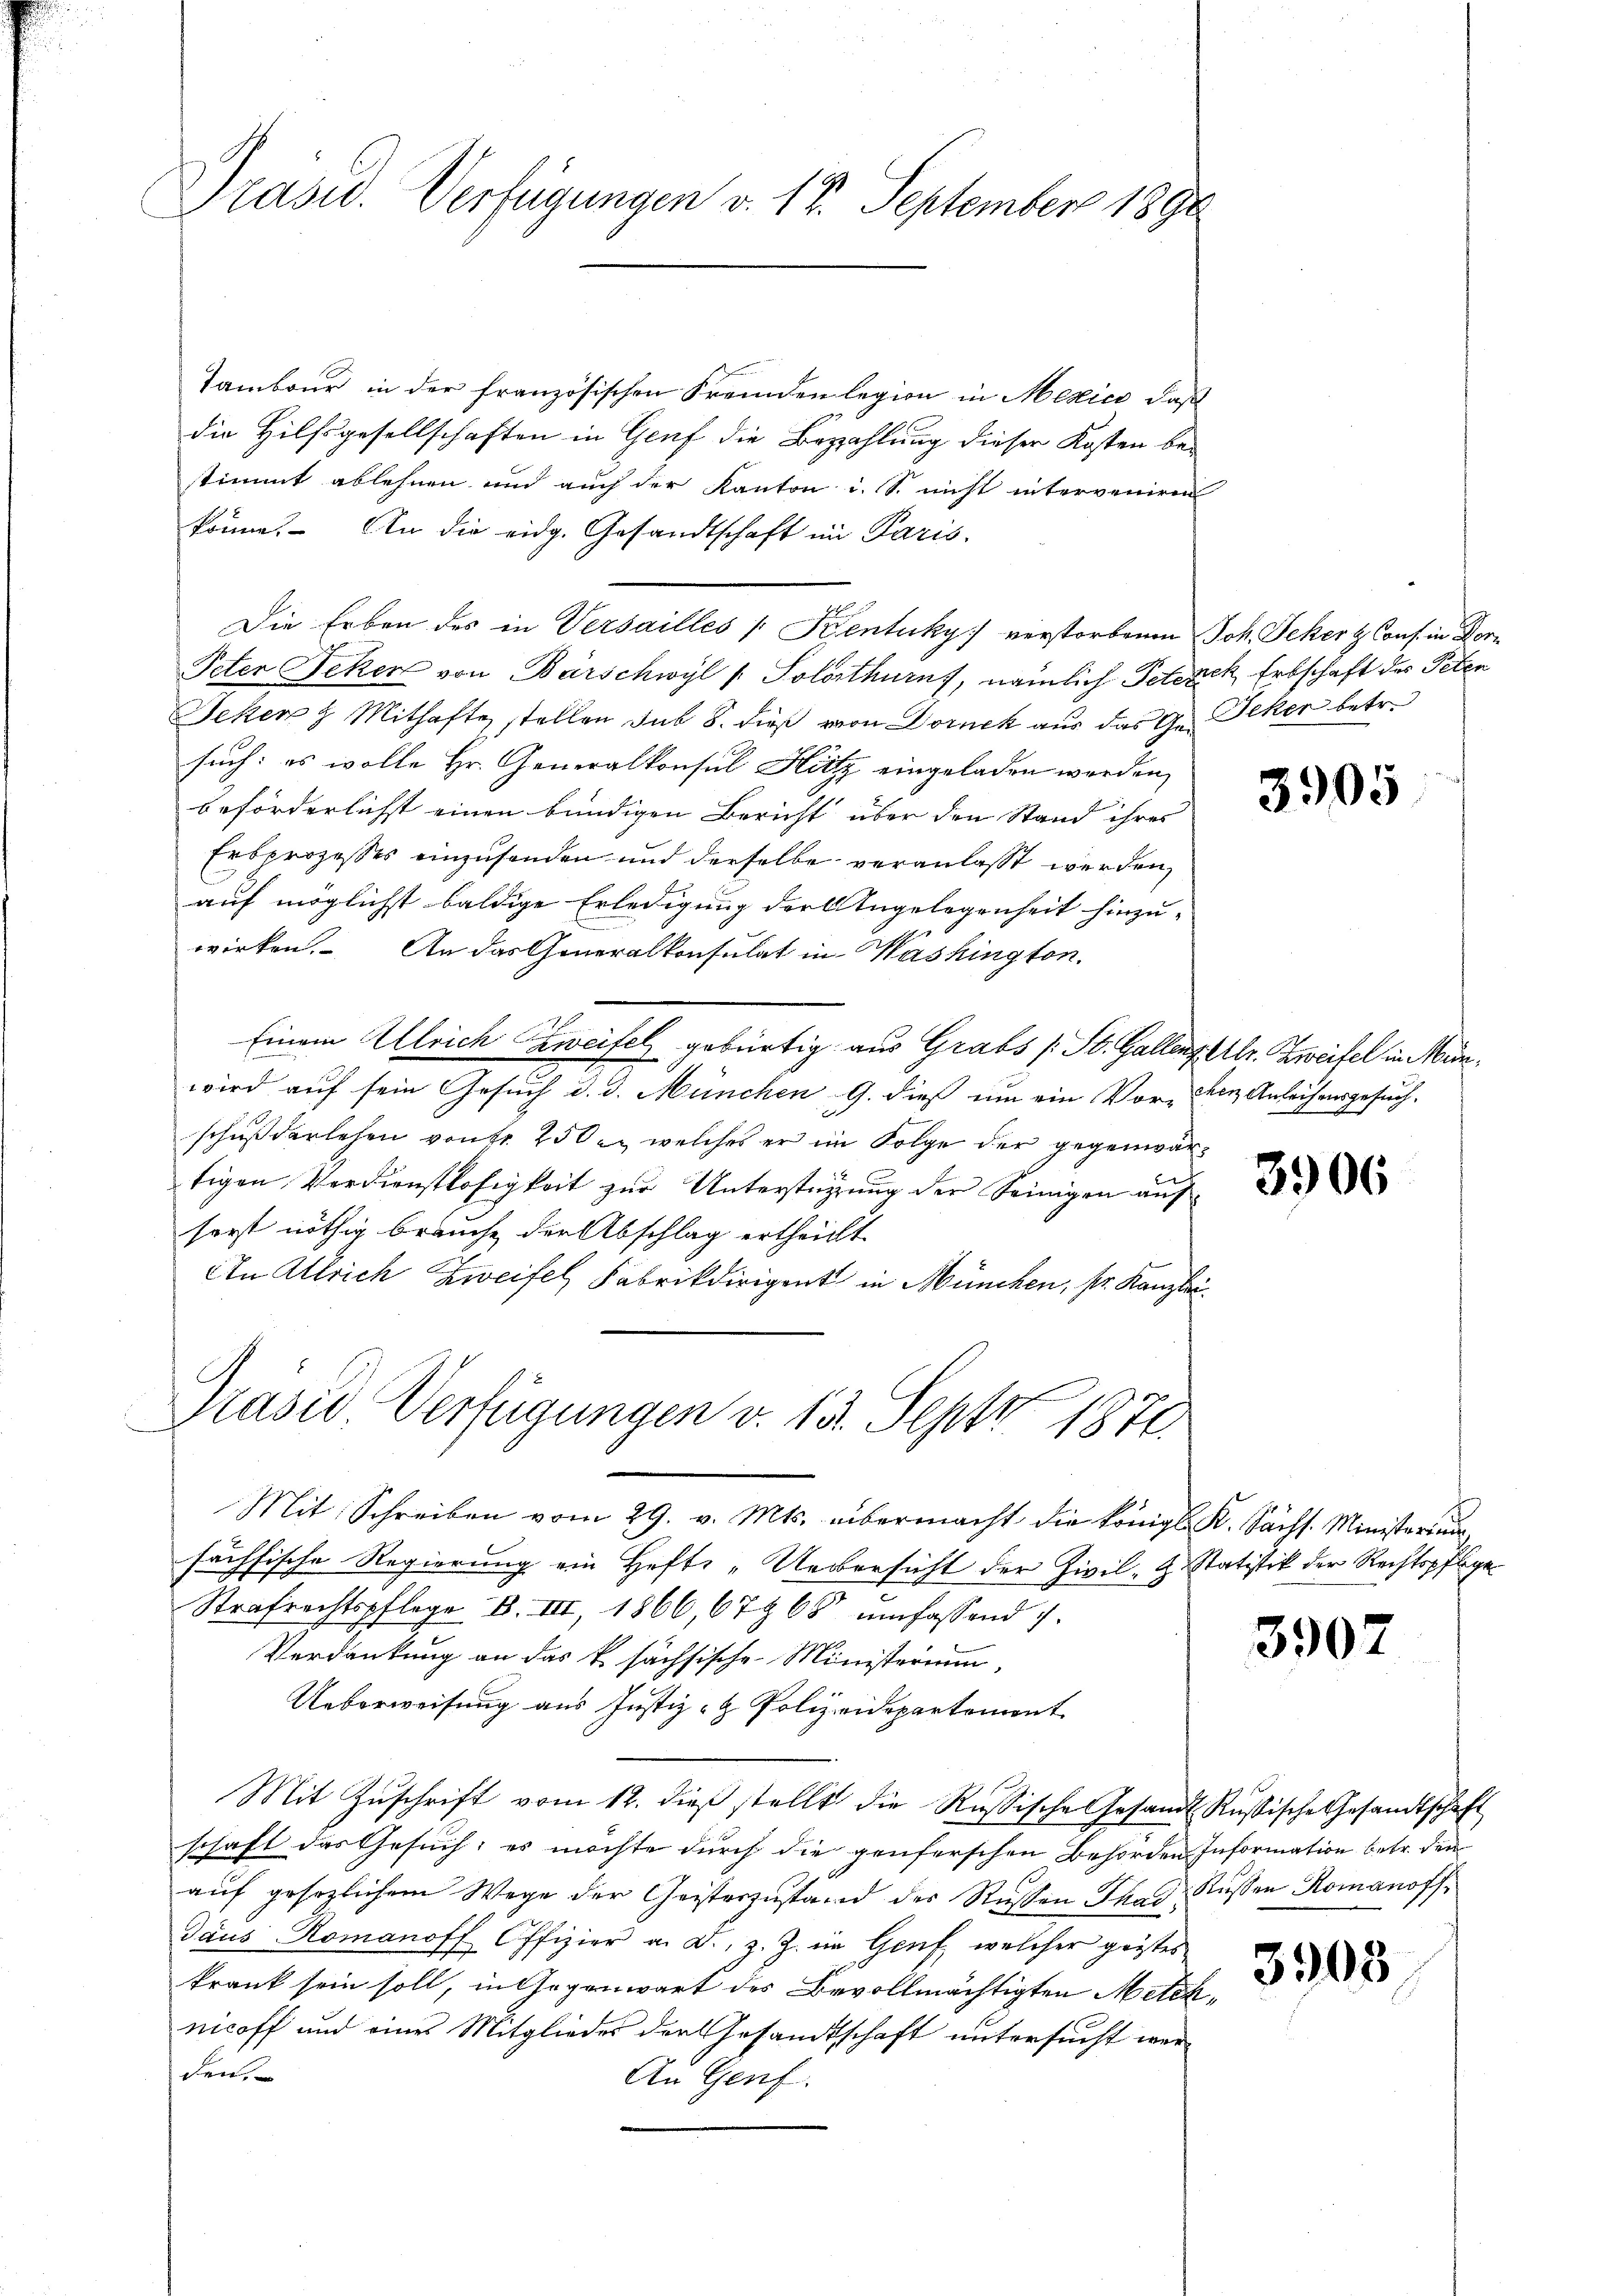
Präsid. Verfügungen v. 17. September 1890

Tambour in der französischen Fremden legion in Mexico, daß
die Hilfsgesellschaften in Genf die Bezahlung dieser Kosten bestimmt ablehnen und auch der Kanton u. S. nicht interveniren
könne. An die eidg. Gesandtschaft im Paris.
Die Erben des in Versailles Kentuky verstorbenen Joh. Schert Conf in Vor¬
Peter Feker von Barschwyl /: Solothurn, nämlich Peterck Erbschaft des Peten
Jeken 8 Mithafte stellen sub 8. dieß von Dornck aus das Ge- Jeker betr.
such: es wolle Hr. Generalkonsul Hitz eingeladen werden,
beförderlichst einen bündigen Bericht über den Stand ihres
Erbprozesses einzusenden und derselbe veranlasst werden,
auf möglichst baldige Erledigung der Angelegenheit hinzu-
wirken. An das Generalkonsulat in Washington.
Einem Ulrich Zweifel gebürtig aus Grabs (St. Gallenz Alr. Zweifel in Münwird auf sein Gesuch d. d. München G. dieß um ein Vor- den Anleihensgesuch,
schuß darlehen von Fr. 25 l. welches er im Folge der gegenwärtigen Verdienstlosigkeit zur Unterstüzung der Seinigen auf
sorst nöthig brauche der Abschlag ertheilt.
An Allrich Zweifel, Fabrikdirigent in München, sr. Kanzlei
Präsid. Verfügungen v. 13. Sept 1871.

Mit Schreiben vom 29. v. Mts. übermacht die Königl. K. Sächs. Ministerium,
sächsische Regierung ein Hefts -Uebersicht der Zivil, G. Statistik der Rechtspflege
Strafrechtspflege B. III, 1866, 679 68 umfassend 7.
Verdankung an das k. sächsische Ministerium,
Ueberweisung aus Justiz- & Polizeidepartement
Mit Zŭschrift vom 12. dieβ stellt die Russische Gesandt Russische Gesandtschaft
schaft das Gesuch: es möchte durch die genferschen Behörden Information betr. den
auf gesezlichem Wege der Geisteszustand der Russen That Russen Romanoff¬
Gaus Romanoff Offizier a. D., z. Z. im Genf, welcher geistes
krank sein soll, in Gegenwart des Bevollmächtigten Meteknicoff und eines Mitglieder der Gesandtschaft untersucht werden.
An Genf.

3905

396

390.

3903